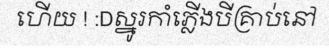
ហើយ ! :Dស្នូរកាំភ្លើងបីគ្រាប់នៅ